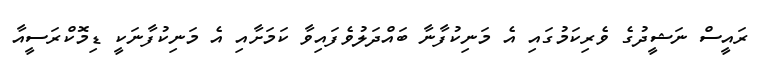
ރައީސް ނަޝީދުގެ ވެރިކަމުގައި އެ މަނިކުފާނާ ބައްދަލުވެފައިވާ ކަމަށާއި އެ މަނިކުފާނަކީ ޑިމޮކްރަސީއާ